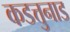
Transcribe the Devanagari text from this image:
कडत्तुनाड